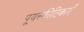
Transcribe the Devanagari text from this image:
पूयस्फीटिकाएँ